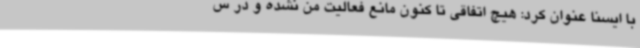
با ایسنا عنوان کرد: هیچ اتفاقی تا کنون مانع فعالیت من نشده و در س